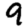
Digit: 9